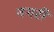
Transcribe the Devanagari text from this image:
नगरीं